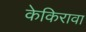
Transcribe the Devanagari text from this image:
केकिरावा